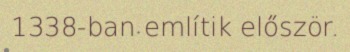
1338-ban említik először.